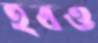
হবও